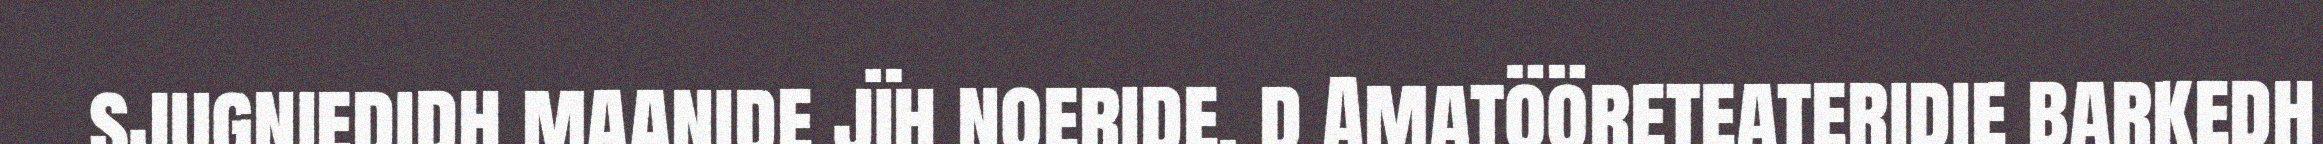
sjugniedidh maanide jïh noeride. d Amatööreteateridie barkedh